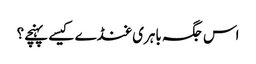
اس جگہ باہری غنڈے کیسے پہنچے؟